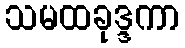
သမထခုဒ္ဒကာ